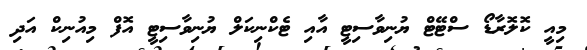
މިއީ ކޮލޮރާޑޯ ސްޓޭޓް ޔުނިވާސިޓީ އާއި ޓެކްނިކަލް ޔުނިވާސިޓީ އޮފް މިއުނިކް އަދި